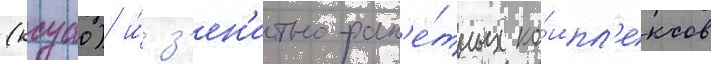
(ксуао) и́ з'ен'итно-рак'е́тных ко́мпл'ексов